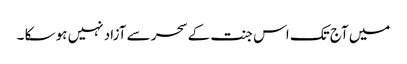
میں آج تک اس جنت کے سحر سے آزاد نہیں ہو سکا ۔